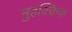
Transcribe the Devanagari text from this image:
मुहक़्क़िक